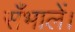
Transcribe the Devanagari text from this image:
सँभालें।